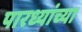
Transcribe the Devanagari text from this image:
पारध्यांच्या